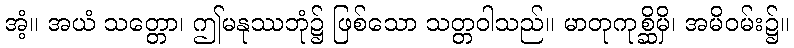
အံ့။ အယံ သတ္တော၊ ဤမနုဿဘုံ၌ ဖြစ်သော သတ္တဝါသည်။ မာတုကုစ္ဆိမှိ၊ အမိဝမ်း၌။